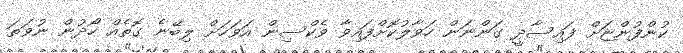
ކުންފުންޏަށް ފައިސާދީ ގަންނަން ހަވާލުކޮށްފައިވާ ވެކްސިން އަވަހަށް ލިބޭނެ ގޮތެއް ހޯދުން ނުވަތަ